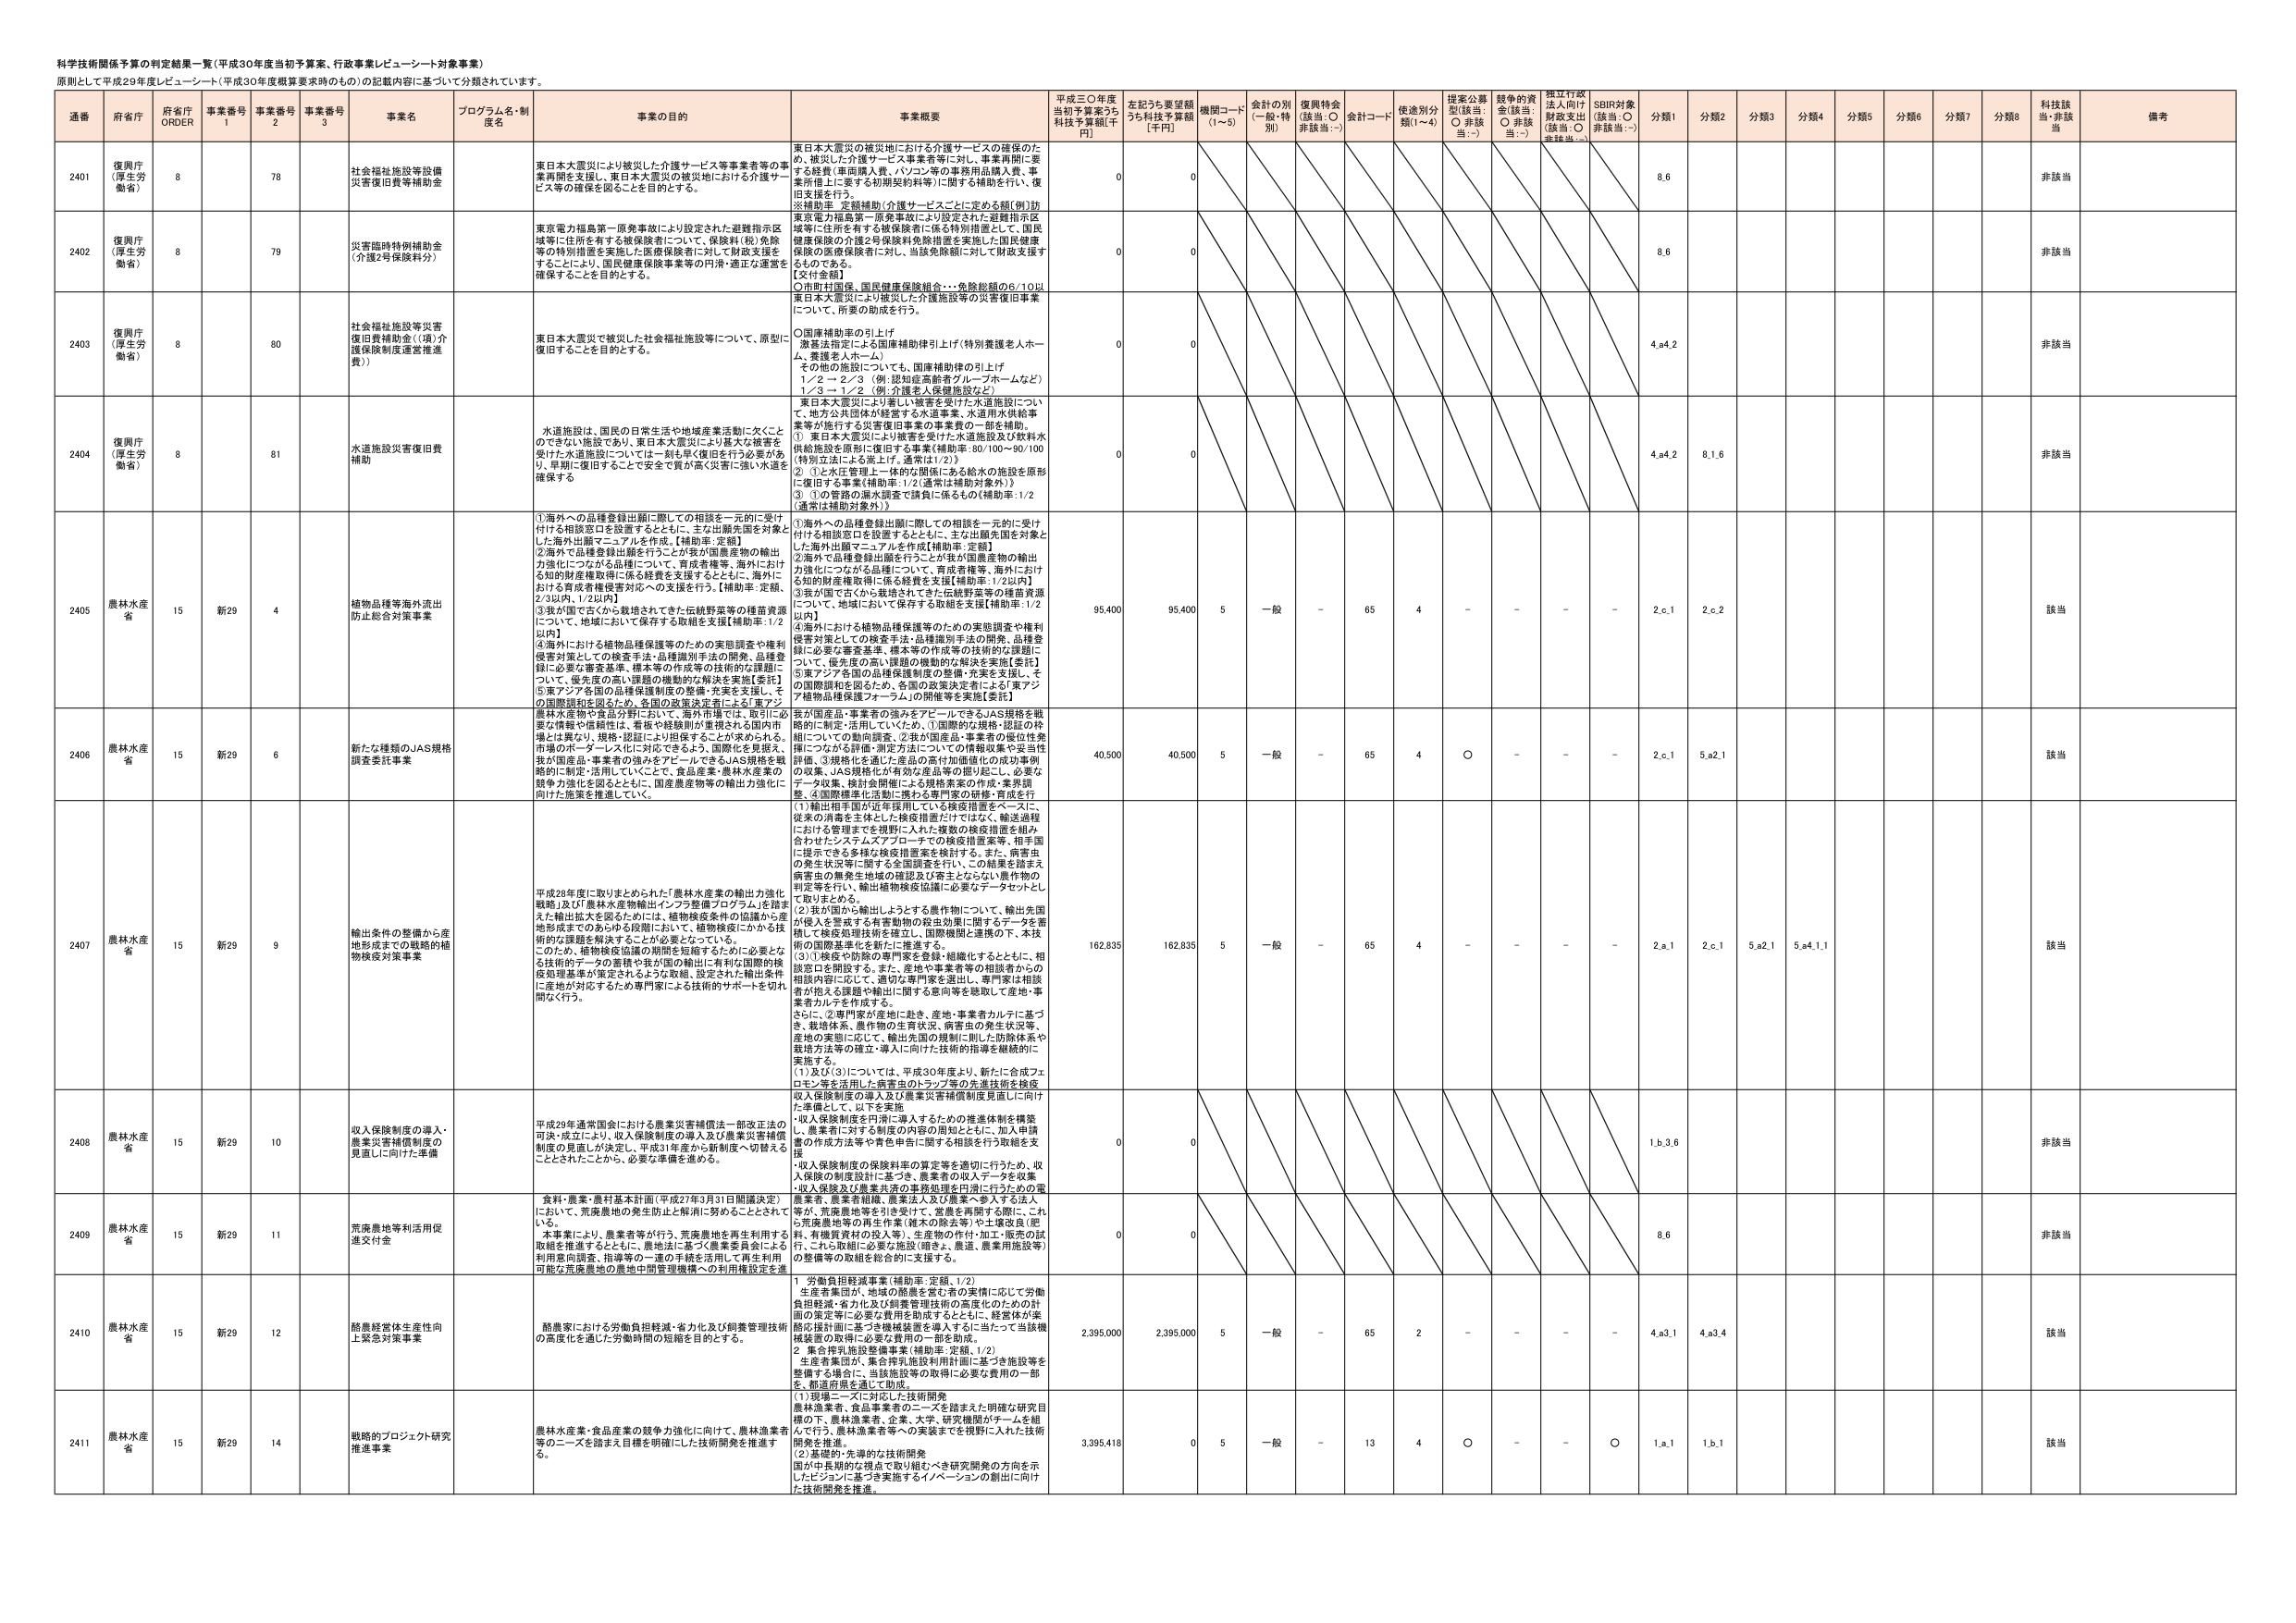
科学技術関係予算の判定結果一覧（平成30年度当初予算案、行政事業レビューート対象事業）
原則として平成29年度レビューート（平成30年度概算要求時のもの）の記載内容に基づいて分類されています。

| 通番 | 府省庁 | 府省庁 ORDER | 事業番号 1 | 事業番号 2 | 事業番号 3 | 事業名 | プログラム名・制度名 | 事業の目的 | 事業概要 | 平成30年度当初予算案うち科技予算額[千円] | 左記うち要望額うち科技予算額[千円] | 機関コード (1～5) | 会計の別 (一般・特別) | 復興特会 (該当：○ 非該当：-) | 計コード | 使途別分類(1～4) | 提案公募型(該当：○ 非該当：-) | 競争的資金(該当：○ 非該当：-) | 独立行政法人向け財政支出(該当：○ 非該当：-) | SBIR対象(該当：○ 非該当：-) | 分類1 | 分類2 | 分類3 | 分類4 | 分類5 | 分類6 | 分類7 | 分類8 | 科技該当・非該当 | 備考 |
|------|--------|--------------|-------------|-------------|-------------|--------|----------------------|-------------|----------|----------------------------------------|----------------------------------|------------------|------------------|------------------|------------------|------------------|------------------|------------------|------------------|------------------|------------------|------------------|------------------|------------------|------------------|------------------|------------------|------------------|------------------|------------------|------------------|------------------|------------------|
| 2401 | 復興庁 (厚生労働省) | 8 | 78 | | | 社会福祉施設等設備災害復旧費等補助金 | | 東日本大震災により被災した介護サービス等事業者等の事業再開を支援し、東日本大震災の被災地における介護サービス等の確保を図ることを目的とする。 | 東日本大震災の被災地における介護サービスの確保のため、被災した介護サービス事業者等に対し、事業再開に要する経費（車両購入費、パソコン等の事務用品購入費、事業所借上に要する初期契約料等）に関する補助を行い、復旧支援を行う。【※補助率：定額補助（介護サービスごとに定める額）(例)】 | 0 | 0 | | | | | | | | | | 8.6 | | | | | | | | | 非該当 | |
| 2402 | 復興庁 (厚生労働省) | 8 | 79 | | | 災害臨時特例補助金（介護2号保険料分） | | 東京電力福島第一原発事故により設定された避難指示区域等に住所を有する被保険者について、保険料（税）免除等の特別措置を実施した医療保険者に対し、財政支援をすることにより、国民健康保険事業等の円滑・適正な運営を確保することを目的とする。 | 東京電力福島第一原発事故により設定された避難指示区域等に住所を有する被保険者に係る特別措置として、国民健康保険の介護2号保険料免除措置を実施した国民健康保険の医療保険者に対し、当該免除額に対して財政支援するものである。【交付金額】○市町村国保、国民健康保険組合…免除総額の6/10以上 | 0 | 0 | | | | | | | | | | 8.6 | | | | | | | | | 非該当 | |
| 2403 | 復興庁 (厚生労働省) | 8 | 80 | | | 社会福祉施設等災害復旧費補助金（1項）介護保険制度運営推進費） | | 東日本大震災で被災した社会福祉施設等について、原則に復旧することを目的とする。 | 東日本大震災により被災した介護施設等の災害復旧事業について、所要の助成を行う。○国庫補助率の引上げ激甚法指定による国庫補助率引上げ（特別養護老人ホーム、養護老人ホーム）その他の施設についても、国庫補助率の引上げ1/2 → 2/3（例：認知症高齢者グループホームなど）1/3 → 1/2（例：介護老人保健施設など） | 0 | 0 | | | | | | | | | | 4.a4.2 | | | | | | | | | 非該当 | |
| 2404 | 復興庁 (厚生労働省) | 8 | 81 | | | 水道施設災害復旧費補助 | | 水道施設は、国民の日常生活や地域産業活動に欠くことのできない施設であり、東日本大震災により甚大な被害を受けた水道施設については一刻も早く復旧を行う必要があり、早期に復旧することで安全で質が高く災害に強い水道を確保する | 東日本大震災により著しい被害を受けた水道施設について、地方公共団体が経営する水道事業、水道用水供給事業等が施行する災害復旧事業の事業費の一部を補助。① 東日本大震災により被害を受けた水道施設及び飲料水供給施設を原則に復旧する事業（補助率：80/100～90/100）（特別立法による廃止げ、通常は1/2）② ①と水圧管理上一体的な関係にある給水の施設を原則に復旧する事業（補助率：1/2（通常は補助対象外））③ ①の管路の漏水調査で請負に係るもの（補助率：1/2（通常は補助対象外）） | 0 | 0 | | | | | | | | | | 4.a4.2 | 8.1.6 | | | | | | | | | 非該当 | |
| 2405 | 農林水産省 | 15 | 新29 | 4 | | 植物品種等海外流出防止総合対策事業 | | ①海外への品種登録出願に際しての相談を一元的に受け付ける相談窓口を設置するとともに、主な出願先国を対象とした海外出願マニュアルを作成。【補助率：定額】②海外で品種登録出願を行うことが我が国農産物の輸出力強化につながる品種について、育成者権等、海外における知的財産権取得に係る経費を支援するとともに、海外における育成者権侵害対応への支援を行う。【補助率：定額、2/3以内、1/2以内】③我が国で古くから栽培されてきた伝統野菜等の種苗資源について、地域において保存する取組を支援【補助率：1/2以内】④海外における植物品種保護等のための実態調査や権利侵害対策としての検査手法・品種識別手法の開発、品種登録に必要な審査基準、標本等の作成等の技術的な課題について、優先度の高い課題の機動的な解決を支援【委託】⑤東アジア各国の品種保護制度の整備・充実を支援し、その国際調和を図るため、各国の政策決定者による「東アジア植物品種保護フォーラム」の開催等を実施【委託】 | ①海外への品種登録出願に際しての相談を一元的に受け付ける相談窓口を設置するとともに、主な出願先国を対象とした海外出願マニュアルを作成【補助率：定額】②海外で品種登録出願を行うことが我が国農産物の輸出力強化につながる品種について、育成者権等、海外における知的財産権取得に係る経費を支援【補助率：1/2以内】③我が国で古くから栽培されてきた伝統野菜等の種苗資源について、地域において保存する取組を支援【補助率：1/2以内】④海外における植物品種保護等のための実態調査や権利侵害対策としての検査手法・品種識別手法の開発、品種登録に必要な審査基準、標本等の作成等の技術的な課題について、優先度の高い課題の機動的な解決を支援【委託】⑤東アジア各国の品種保護制度の整備・充実を支援し、その国際調和を図るため、各国の政策決定者による「東アジア植物品種保護フォーラム」の開催等を実施【委託】 | 95,400 | 95,400 | 5 | 一般 | - | 65 | 4 | - | - | - | - | 2.c.1 | 2.c.2 | | | | | | | | 該当 | |
| 2406 | 農林水産省 | 15 | 新29 | 6 | | 新たな種類のJAS規格調査委託事業 | | 我が国産品・事業者の強みをアピールできるJAS規格を戦略的に制定・活用していくことで、食品産業・農林水産業の競争力強化を図るとともに、国産農産物等の輸出力強化に向けた施策を推進していく。 | 我が国産品・事業者の強みをアピールできるJAS規格を戦略的に制定・活用していくため、①国際的な規格・認証の枠組についての動向調査、②我が国産品・事業者の優位性発揮につながる評価・測定方法についての情報収集や妥当性評価、③規格化を適した産品の高付加価値化の成功事例の収集、JAS規格化が有効な産品等の掘り起こし、必要なデータ収集、検討資料等による規格素案の作成・業界調整、④国際標準化活動に携わる専門家の研修・育成を行う。 | 40,500 | 40,500 | 5 | 一般 | - | 65 | 4 | ○ | - | - | - | 2.c.1 | 5.a2.1 | | | | | | | | 該当 | |
| 2407 | 農林水産省 | 15 | 新29 | 9 | | 輸出条件の整備から産地形成までの戦略的植物防疫対策事業 | | 平成28年に取りまとめられた「農林水産業の輸出力強化戦略」及び「農林水産物輸出インフラ整備プログラム」を踏まえた輸出拡大を図るためには、植物検疫条件の協議から産地形成までのあらゆる段階において、植物検疫にかかる技術的な課題を解決することが必要となっている。このため、植物検疫協議の期間を短縮するために必要となる技術的データの蓄積や我が国の輸出に有利な国際的検疫処理基準が策定されるよう取組、設定された輸出条件に産地が対応するため専門家による技術的サポートを切れ間なく行う。 | （1）輸出相手国が近年採用している検疫措置をベースに、従来の消毒を主体とした検疫措置だけではなく、輸送過程における管理までを視野に入れた複数の検疫措置を組み合わせたシステムズアプローチでの検疫措置案等、相手国に提示できる多様な検疫措置案を検討する。また、病害虫の発生状況等に関する全国調査を行い、この結果を踏まえ病害虫の無発生地域の確認及び発生とならない農作物の育成等を行い、輸出植物検疫協議に必要なデータセットとして取りまとめる。（2）我が国から輸出しようとする農作物について、輸出先国が侵入を警戒する有害動物の殺虫効果に関するデータを蓄積して検疫処理技術を確立し、国際機関と連携の下、本技術の国際基準化を新たに推進する。（3）①安全を担保の専門家を登録・組織化するとともに、相談窓口を開設する。また、産地や事業者等の相談者からの相談内容に応じて、適切な専門家を選出し、専門家は相談者対応する課題や輸出に関する意向等を聴取して産地・事業者カルテを作成する。さらに、②専門家が産地に赴き、産地・事業者カルテに基づき、栽培体系、農作物の生育状況、病害虫の発生状況等、産地の実態に応じて、輸出先国の規制に則した防除体系や栽培方法等の確立・導入に向けた技術的指導を継続的に実施する。（1）及び（3）については、平成30年度より、新たに合成フェロモン等を活用した病害虫のトラップ等の先進技術を検疫 | 162,835 | 162,835 | 5 | 一般 | - | 65 | 4 | - | - | - | - | 2.a.1 | 2.c.1 | 5.a2.1 | 5.a4.1.1 | | | | | | 該当 | |
| 2408 | 農林水産省 | 15 | 新29 | 10 | | 収入保険制度の導入・農業災害補償制度の見直しに向けた準備 | | 平成29年通常国会における農業災害補償法一部改正法の可決・成立により、収入保険制度の導入及び農業災害補償制度の見直しが決定し、平成31年度から新制度へ切替えることとされたことから、必要な準備を進める。 | 収入保険制度の導入及び農業災害補償制度見直しに向けた準備として、以下を実施。・収入保険制度を円滑に導入するための推進体制を構築し、農業者に対する制度の内容の周知とともに、加入申請書の作成方法等や青色申告に関する相談を行う取組を支援。・収入保険制度の保険料率の算定等を適切に行うため、収入保険の制度設計に基づき、農業者の収入データを収集。・収入保険及び農業共済の事務処理を円滑に行うための農業者、農業者組織、農業法人及び農業へ参入する法人等が、共済基準等を引き受けて、営農を再開する際に、これと荒廃地等の再生作業（基本の除去等）や土壌改良（肥料、有機質資材の投入等）、生産物の作付・加工・販売の試行、これら取組に必要な施設（暗きょ、農道、農業用施設等）の整備等の取組を総合的に支援する。 | 0 | 0 | | | | | | | | | | 1.b.3.6 | | | | | | | | | 非該当 | |
| 2409 | 農林水産省 | 15 | 新29 | 11 | | 荒廃農地等利活用促進交付金 | | 食料・農業・農村基本計画（平成27年3月31日閣議決定）において、荒廃農地の発生防止と解消に努めることとされている。本事業により、農業者等が行う、荒廃農地を再生利用する取組を推進するとともに、農地法に基づく農業委員会による利用意向調査、指導等の一連の手続を活用して再生利用可能な荒廃農地の農地中間管理機構への利用権設定を進 | 農業者、農業者組織、農業法人及び農業へ参入する法人等が、荒廃農地等を引き受けて、営農を再開する際に、これと荒廃地等の再生作業（基本の除去等）や土壌改良（肥料、有機質資材の投入等）、生産物の作付・加工・販売の試行、これら取組に必要な施設（暗きょ、農道、農業用施設等）の整備等の取組を総合的に支援する。 | 0 | 0 | | | | | | | | | | 8.6 | | | | | | | | | 非該当 | |
| 2410 | 農林水産省 | 15 | 新29 | 12 | | 酪農経営体生産性向上緊急対策事業 | | 酪農家における労働負担軽減・省力化及び飼養管理技術の高度化を通じた労働時間の短縮を目的とする。 | 1. 労働負担軽減事業（補助率：定額、1/2）生産者集団が、地域の酪農を営む者の実情に応じて労働負担軽減・省力化及び飼養管理技術の高度化のための計画の策定等に必要な費用を助成するとともに、経営体が集団的投資に基づき機械装置を導入するに当たって当該機械装置の取得に必要な費用の一部を助成。2. 集合搾乳施設整備事業（補助率：定額、1/2）生産者集団が、集合搾乳施設利用計画に基づき施設等を整備する場合に、当該施設等の取得に必要な費用の一部を、都道府県を通じて助成。 | 2,395,000 | 2,395,000 | 5 | 一般 | - | 65 | 2 | - | - | - | - | 4.a3.1 | 4.a3.4 | | | | | | | | 該当 | |
| 2411 | 農林水産省 | 15 | 新29 | 14 | | 戦略的プロジェクト研究推進事業 | | 農林水産業・食品産業の競争力強化に向けて、農林漁業者等のニーズを踏まえ目標を明確にした技術開発を推進する。 | （1）現場ニーズに対応した技術開発農林漁業者、食品事業者のニーズを踏まえた明確な研究目標の下、農林漁業者、企業、大学、研究機関がチームを組んで行う、農林漁業者等への実装までを視野に入れた技術開発を推進。（2）基礎的・先導的な技術開発国が中長期的な視点で取り組むべき研究開発の方向を示したビジョンに基づき実施するイノベーションの創出に向けた技術開発を推進。 | 3,395,418 | 0 | 5 | 一般 | - | 13 | 4 | ○ | - | - | ○ | 1.a.1 | 1.b.1 | | | | | | | | 該当 | |